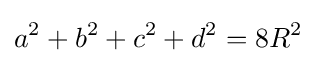
a^{2}+b^{2}+c^{2}+d^{2}=8R^{2}